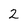
Character: 2